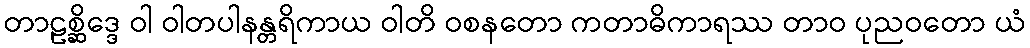
တာဠစ္ဆိဒ္ဒေ ဝါ ဝါတပါနန္တရိကာယ ဝါတိ ဝစနတော ကတာဓိကာရဿ တာဝ ပုညဝတော ယံ